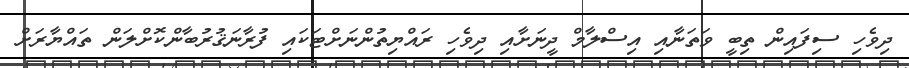
ދިވެހި ސިފައިން ތިބީ ވަތަނާއި އިސްލާމް ދީނަށާއި ދިވެހި ރައްޔިތުންނަށްޓަކައި ފުރާނަޤުރުބާންކޮށްލަން ތައްޔާރަށް